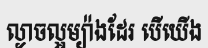
ល្ងាចល្អម្យ៉ាងដែរ បើយើង